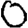
Digit: 0